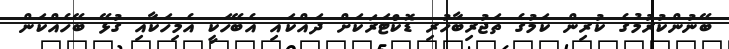
ބޭނުންކުރުމުގެ ކުރިން ކަމުގެ ތަޖުރިބާހުރި ޑޮކްޓަރަކަށް ދައްކައި އެބޭހަކީ އެމިހަކާއި ގުޅޭ ބޭހެއްކަން